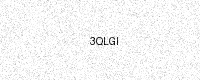
Text: 3QLGI